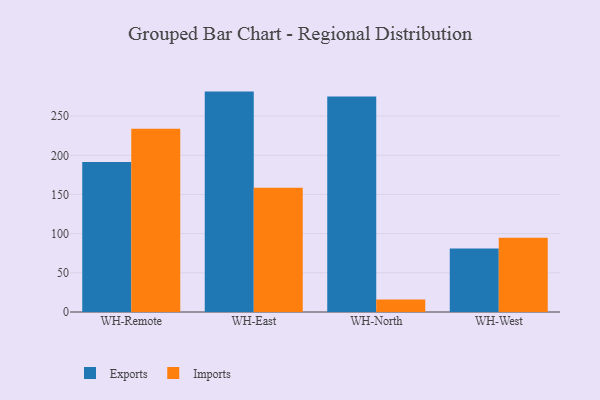
{"axis": {"x": "Warehouse", "y": "Humidity (%)"}, "legend": ["Exports", "Imports"], "data": [{"x": "WH-Remote", "y": 191.4, "type": "Exports"}, {"x": "WH-Remote", "y": 233.9, "type": "Imports"}, {"x": "WH-East", "y": 281.3, "type": "Exports"}, {"x": "WH-East", "y": 158.7, "type": "Imports"}, {"x": "WH-North", "y": 275.2, "type": "Exports"}, {"x": "WH-North", "y": 16.0, "type": "Imports"}, {"x": "WH-West", "y": 81.1, "type": "Exports"}, {"x": "WH-West", "y": 94.7, "type": "Imports"}]}